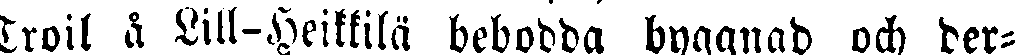
Troil å Lill-Heikkilä bebodda byggnad och der-